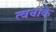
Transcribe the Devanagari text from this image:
त्वचाके